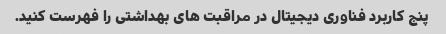
پنج کاربرد فناوری دیجیتال در مراقبت های بهداشتی را فهرست کنید.